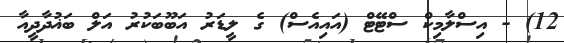
12) - އިސްލާމިކް ސްޓޭޓް (އައިއެސް) ގެ ލީޑަރު އަބޫބަކުރު އަލް ބަޣުދާދީއާ